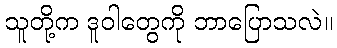
သူတို့က ဒူဝါတွေကို ဘာပြောသလဲ။